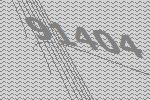
91404